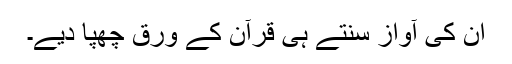
ان کی آواز سنتے ہی قرآن کے ورق چھپا دیے۔